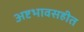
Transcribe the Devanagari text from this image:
अष्टभावसहीत